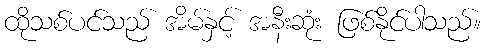
ထိုသစ်ပင်သည် အိမ်နှင့် အနီးဆုံး ဖြစ်နိုင်ပါသည်။